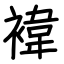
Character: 褘